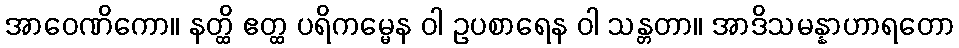
အာဝေဏိကော။ နတ္ထိ ဧတ္ထ ပရိကမ္မေန ဝါ ဥပစာရေန ဝါ သန္တတာ။ အာဒိသမန္နာဟာရတော